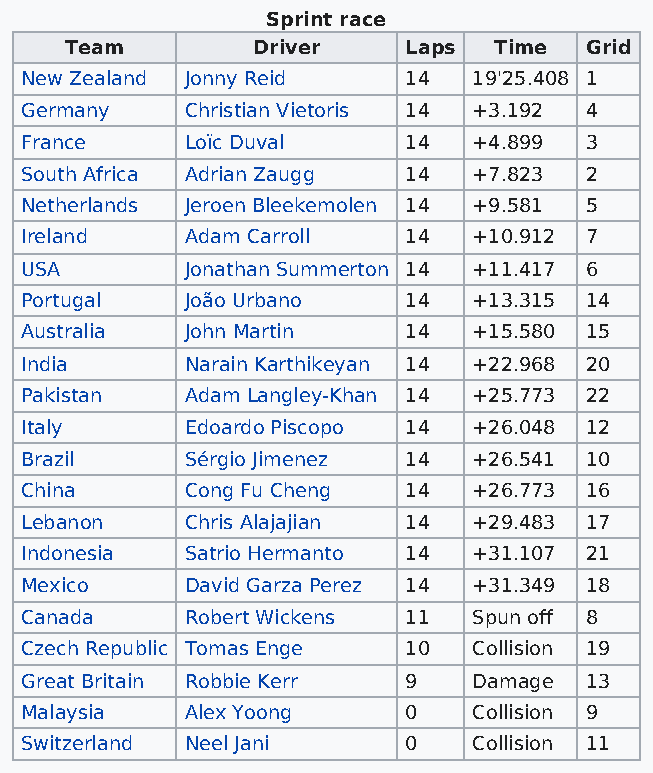
Sprint race
 Team         Driver    Laps  Time  Grid
 New Zealand Jonny Reid    14  19'25.408 1
 Germany    Christian Vietoris 14 +3.192 4
 France     Loïc Duval     14  +4.899  3
 South Africa Adrian Zaugg 14  +7.823  2
 Netherlands Jeroen Bleekemolen 14 +9.581 5
 Ireland    Adam Carroll   14  +10.912 7
 USA        Jonathan Summerton 14 +11.417 6
 Portugal   João Urbano    14  +13.315 14
 Australia  John Martin    14  +15.580 15
 India      Narain Karthikeyan 14 +22.968 20
 Pakistan   Adam Langley-Khan 14 +25.773 22
 Italy      Edoardo Piscopo 14 +26.048 12
 Brazil     Sérgio Jimenez 14  +26.541 10
 China      Cong Fu Cheng  14  +26.773 16
 Lebanon    Chris Alajajian 14 +29.483 17
 Indonesia  Satrio Hermanto 14 +31.107 21
 Mexico     David Garza Perez 14 +31.349 18
 Canada     Robert Wickens 11  Spun off 8
 Czech Republic Tomas Enge 10  Collision 19
 Great Britain Robbie Kerr 9   Damage  13
 Malaysia   Alex Yoong     0   Collision 9
 Switzerland Neel Jani     0   Collision 11